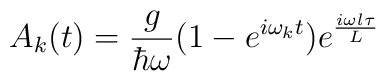
A_k(t)=\frac{g}{\hbar\omega}(1-e^{i\omega_k t})e^{\frac{i\omega l\tau}{L}}